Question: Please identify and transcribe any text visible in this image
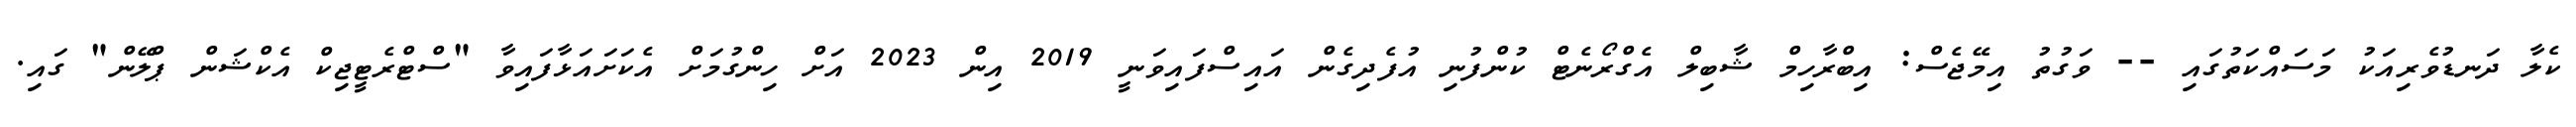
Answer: ކެލާ ދަނޑުވެރިއަކު މަސައްކަތުގައި -- ވަގުތު އިމޭޖެސް: އިބްރާހިމް ޝާބިލް އެގްރޯނެޓް ކުންފުނި އުފެދިގެން އައިސްފައިވަނީ 2019 އިން 2023 އަށް ހިންގުމަށް އެކަށައަޅާފައިވާ "ސްޓްރެޓީޖިކް އެކްޝަން ޕްލޭން" ގައި.